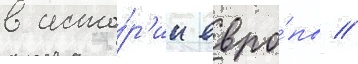
в исто́р'ии евро́пы //